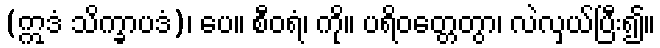
(ဣဒံ သိက္ခာပဒံ)၊ ပေ။ စီဝရံ၊ ကို။ ပရိဝတ္တေတွာ၊ လဲလှယ်ပြီး၍။